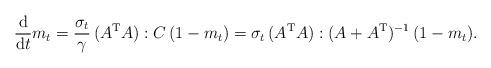
LaTeX: \begin{align*} \frac{\rm d}{{\rm d}t} m_t = \frac{\sigma_t}{\gamma} \,(A^{\rm T}A):C \,(1- m_t) =\sigma_t \,(A^{\rm T}A): (A + A^{\rm T})^{-1}\,(1-m_t) .\end{align*}